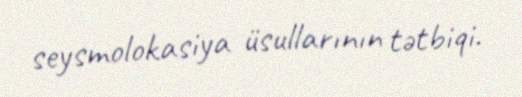
seysmolokasiya üsullarının tətbiqi.